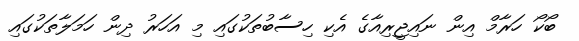
ބޯކޯ ހަރާމް އިން ނައިޖީރިއާގެ އެކި ހިސާބުތަކުގައި މި އަހަރު ދިން ހަމަލާތަކުގައި